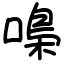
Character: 嘄